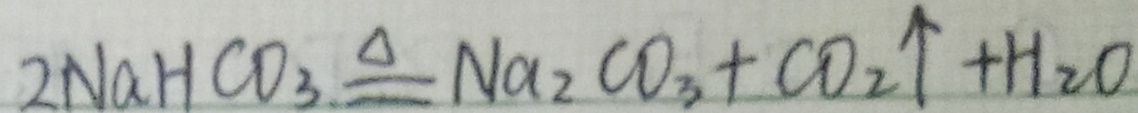
2 N a H C O _ { 3 } \xlongequal { \Delta } N a _ { 2 } C O _ { 3 } + C O _ { 2 } \uparrow + H _ { 2 } O